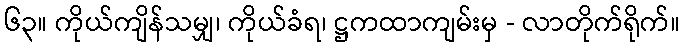
၆၃။ ကိုယ်ကျိန်သမျှ၊ ကိုယ်ခံရ၊ ဋ္ဌကထာကျမ်းမှ - လာတိုက်ရိုက်။